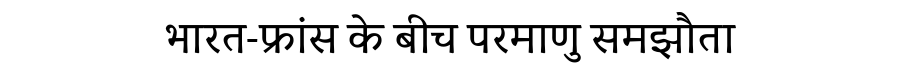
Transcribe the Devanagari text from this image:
भारत-फ्रांस के बीच परमाणु समझौता